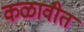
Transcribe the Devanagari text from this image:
कळावीत